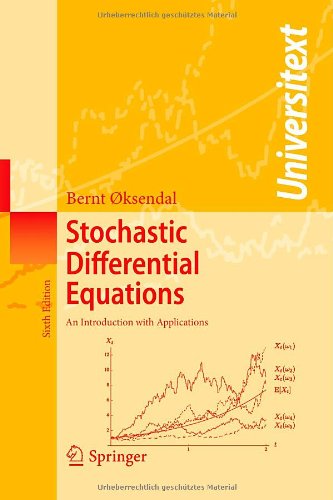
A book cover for Stochastic Differential Equations: An Introduction with Applications (Universitext); Bernt ÃEksendal; Science & Math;